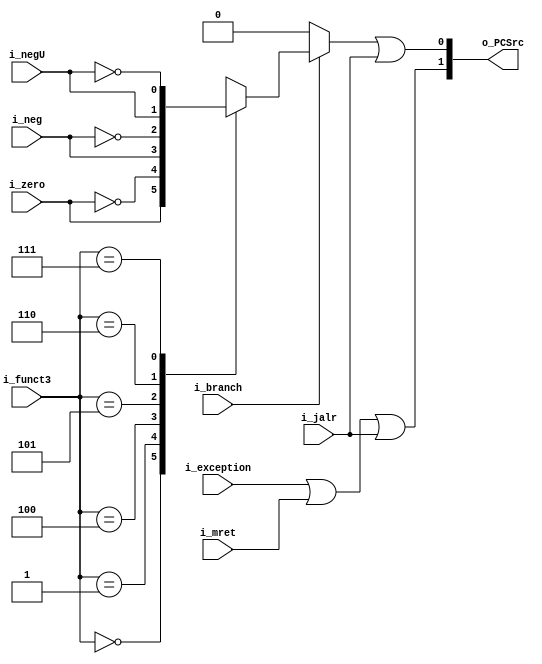
module setPCSrc (
  input       i_zero, i_neg, i_negU,
  input       i_exception,

  input [2:0] i_funct3,
  input       i_branch, i_jalr,
  input       i_mret,

  output [1:0] o_PCSrc
);

  wire w_takeBranch = judgeBranch(
                      i_branch, i_zero, i_neg, i_negU,
                      i_funct3);

  /* */
  // PCSrc
  //   00: PC+4
  //   01: takeBranch
  //   10: exception or mret
  //   11: jalr
  assign o_PCSrc[1] = ( (i_exception | i_mret) | i_jalr );
  assign o_PCSrc[0] = (w_takeBranch | i_jalr);

  function judgeBranch(
    input       i_branch,
    input       i_zero, i_neg, i_negU,
    input [2:0] i_funct3
  );

    if (i_branch) begin
      case (i_funct3)
        3'b000: // beq 
          judgeBranch = i_zero;
        3'b001: // bne
          judgeBranch = ~i_zero;
        3'b100: // blt
          judgeBranch = i_neg;
        3'b101: // bge
          judgeBranch = ~i_neg;
        3'b110: // bltu
          judgeBranch = i_negU;
        3'b111: // bgeu
          judgeBranch = ~i_negU;
        default: // ???
          judgeBranch = 1'bx;
      endcase
    end 
    else begin
          judgeBranch = 1'b0;
    end
  endfunction

endmodule